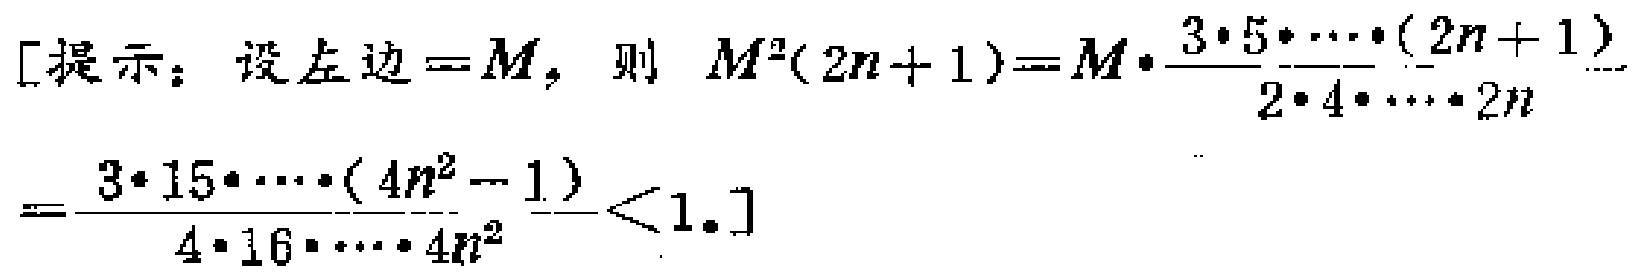
[提示：设左边 = \(M\)，则 \(M^{2}(2n + 1)=M\cdot\frac{3\cdot5\cdot\cdots\cdot(2n + 1)}{2\cdot4\cdot\cdots\cdot2n}\)

\(=\frac{3\cdot15\cdot\cdots\cdot(4n^{2}-1)}{4\cdot16\cdot\cdots\cdot4n^{2}}<1.\)]